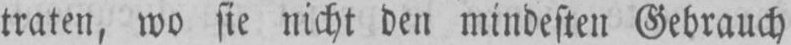
traten, wo sie nicht den mindesten Gebrauch